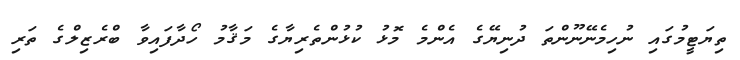
ތިޔަޓީމުގައި ނުހިމެނޭނޫންތަ ދުނިޔޭގެ އެންމެ މޮޅު ކުޅުންތެރިޔާގެ މަޤާމު ހޯދާފައިވާ ބްރެޒިލްގެ ތަރި